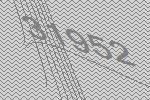
31952